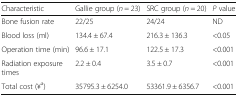
<table><thead><tr><td><b>Characteristic</b></td><td><b>Gallie group (<i>n</i> = 23)</b></td><td><b>SRC group (<i>n</i> = 20)</b></td><td><b><i>P</i> value</b></td></tr></thead><tbody><tr><td>Bone fusion rate</td><td>22/25</td><td>24/24</td><td>ND</td></tr><tr><td>Blood loss (ml)</td><td>134.4 ± 67.4</td><td>216.3 ± 136.3</td><td>&lt;0.05</td></tr><tr><td>Operation time (min)</td><td>96.6 ± 17.1</td><td>122.5 ± 17.3</td><td>&lt;0.001</td></tr><tr><td>Radiation exposure times</td><td>2.2 ± 0.4</td><td>3.5 ± 0.7</td><td>&lt;0.001</td></tr><tr><td>Total cost (¥<sup>a</sup>)</td><td>35795.3 ± 6254.0</td><td>53361.9 ± 6356.7</td><td>&lt;0.001</td></tr></tbody></table>